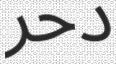
دحر